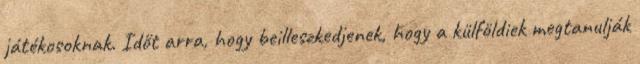
játékosoknak. Időt arra, hogy beilleszkedjenek, hogy a külföldiek megtanulják